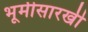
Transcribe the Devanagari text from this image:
भूमीसारखी